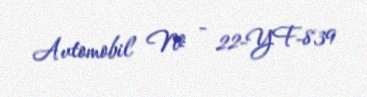
Avtomobil № - 22-YF-839